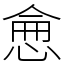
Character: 𢜒